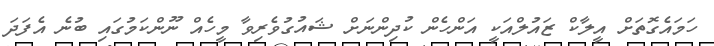
ހަމައެގޮތަށް އީލާކް ޒައުލްއަކީ އަންހެން ކުދިންނަށް ޝައުގުވެރިވާ މީހެއް ނޫންކަމުގައި ބުނެ އެފަދަ